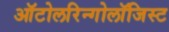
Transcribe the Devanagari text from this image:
ऑटोलरिन्गोलॉजिस्ट